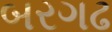
બરગઢ